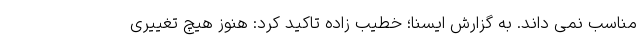
مناسب نمی داند. به گزارش ایسنا؛ خطیب زاده تاکید کرد: هنوز هیچ تغییری